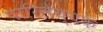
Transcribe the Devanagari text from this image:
पारिलेय्यक